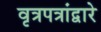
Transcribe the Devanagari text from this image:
वृत्रपत्रांद्वारे